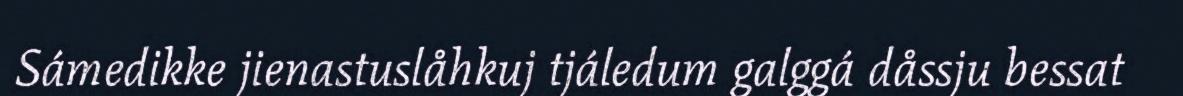
Sámedikke jienastuslåhkuj tjáledum galggá dåssju bessat